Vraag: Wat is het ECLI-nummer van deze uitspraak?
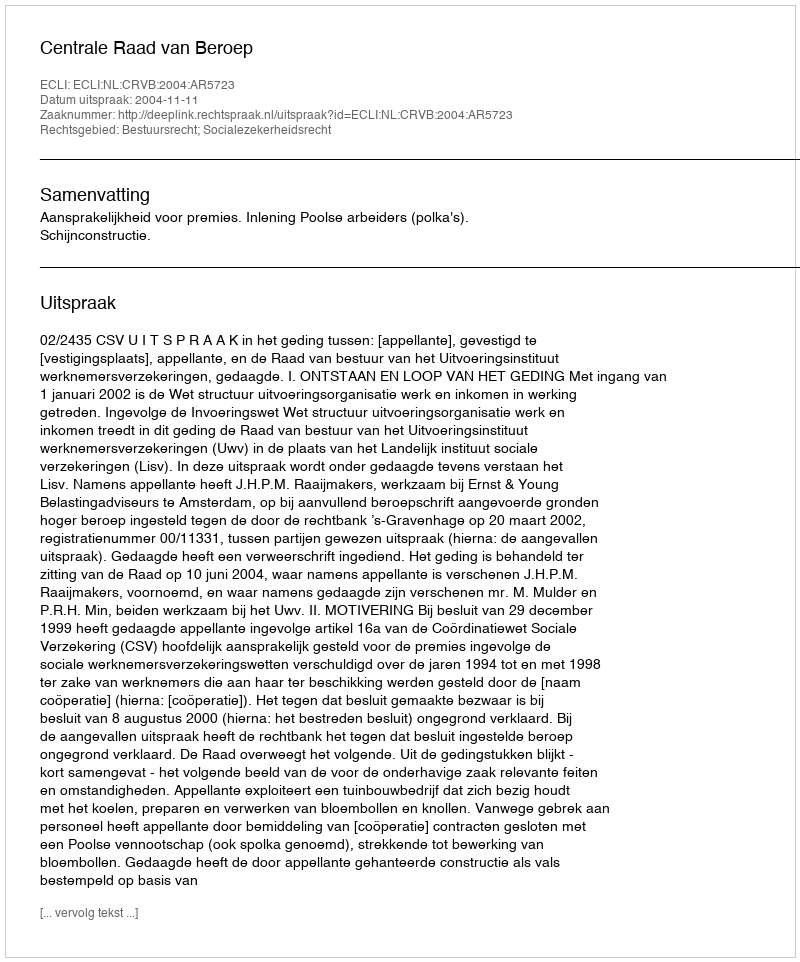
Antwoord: ECLI:NL:CRVB:2004:AR5723